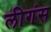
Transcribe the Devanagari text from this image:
लीगंस